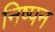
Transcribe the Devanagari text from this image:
निष्पन